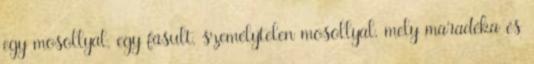
egy mosollyal, egy fásult, személytelen mosollyal, mely maradéka és